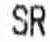
SR